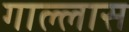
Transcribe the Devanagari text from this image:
गाल्लास